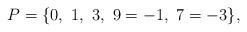
LaTeX: \begin{align*} P=\{0,~1,~3,~9=-1,~7=-3\},\end{align*}